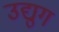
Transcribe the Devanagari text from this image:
उद्युग